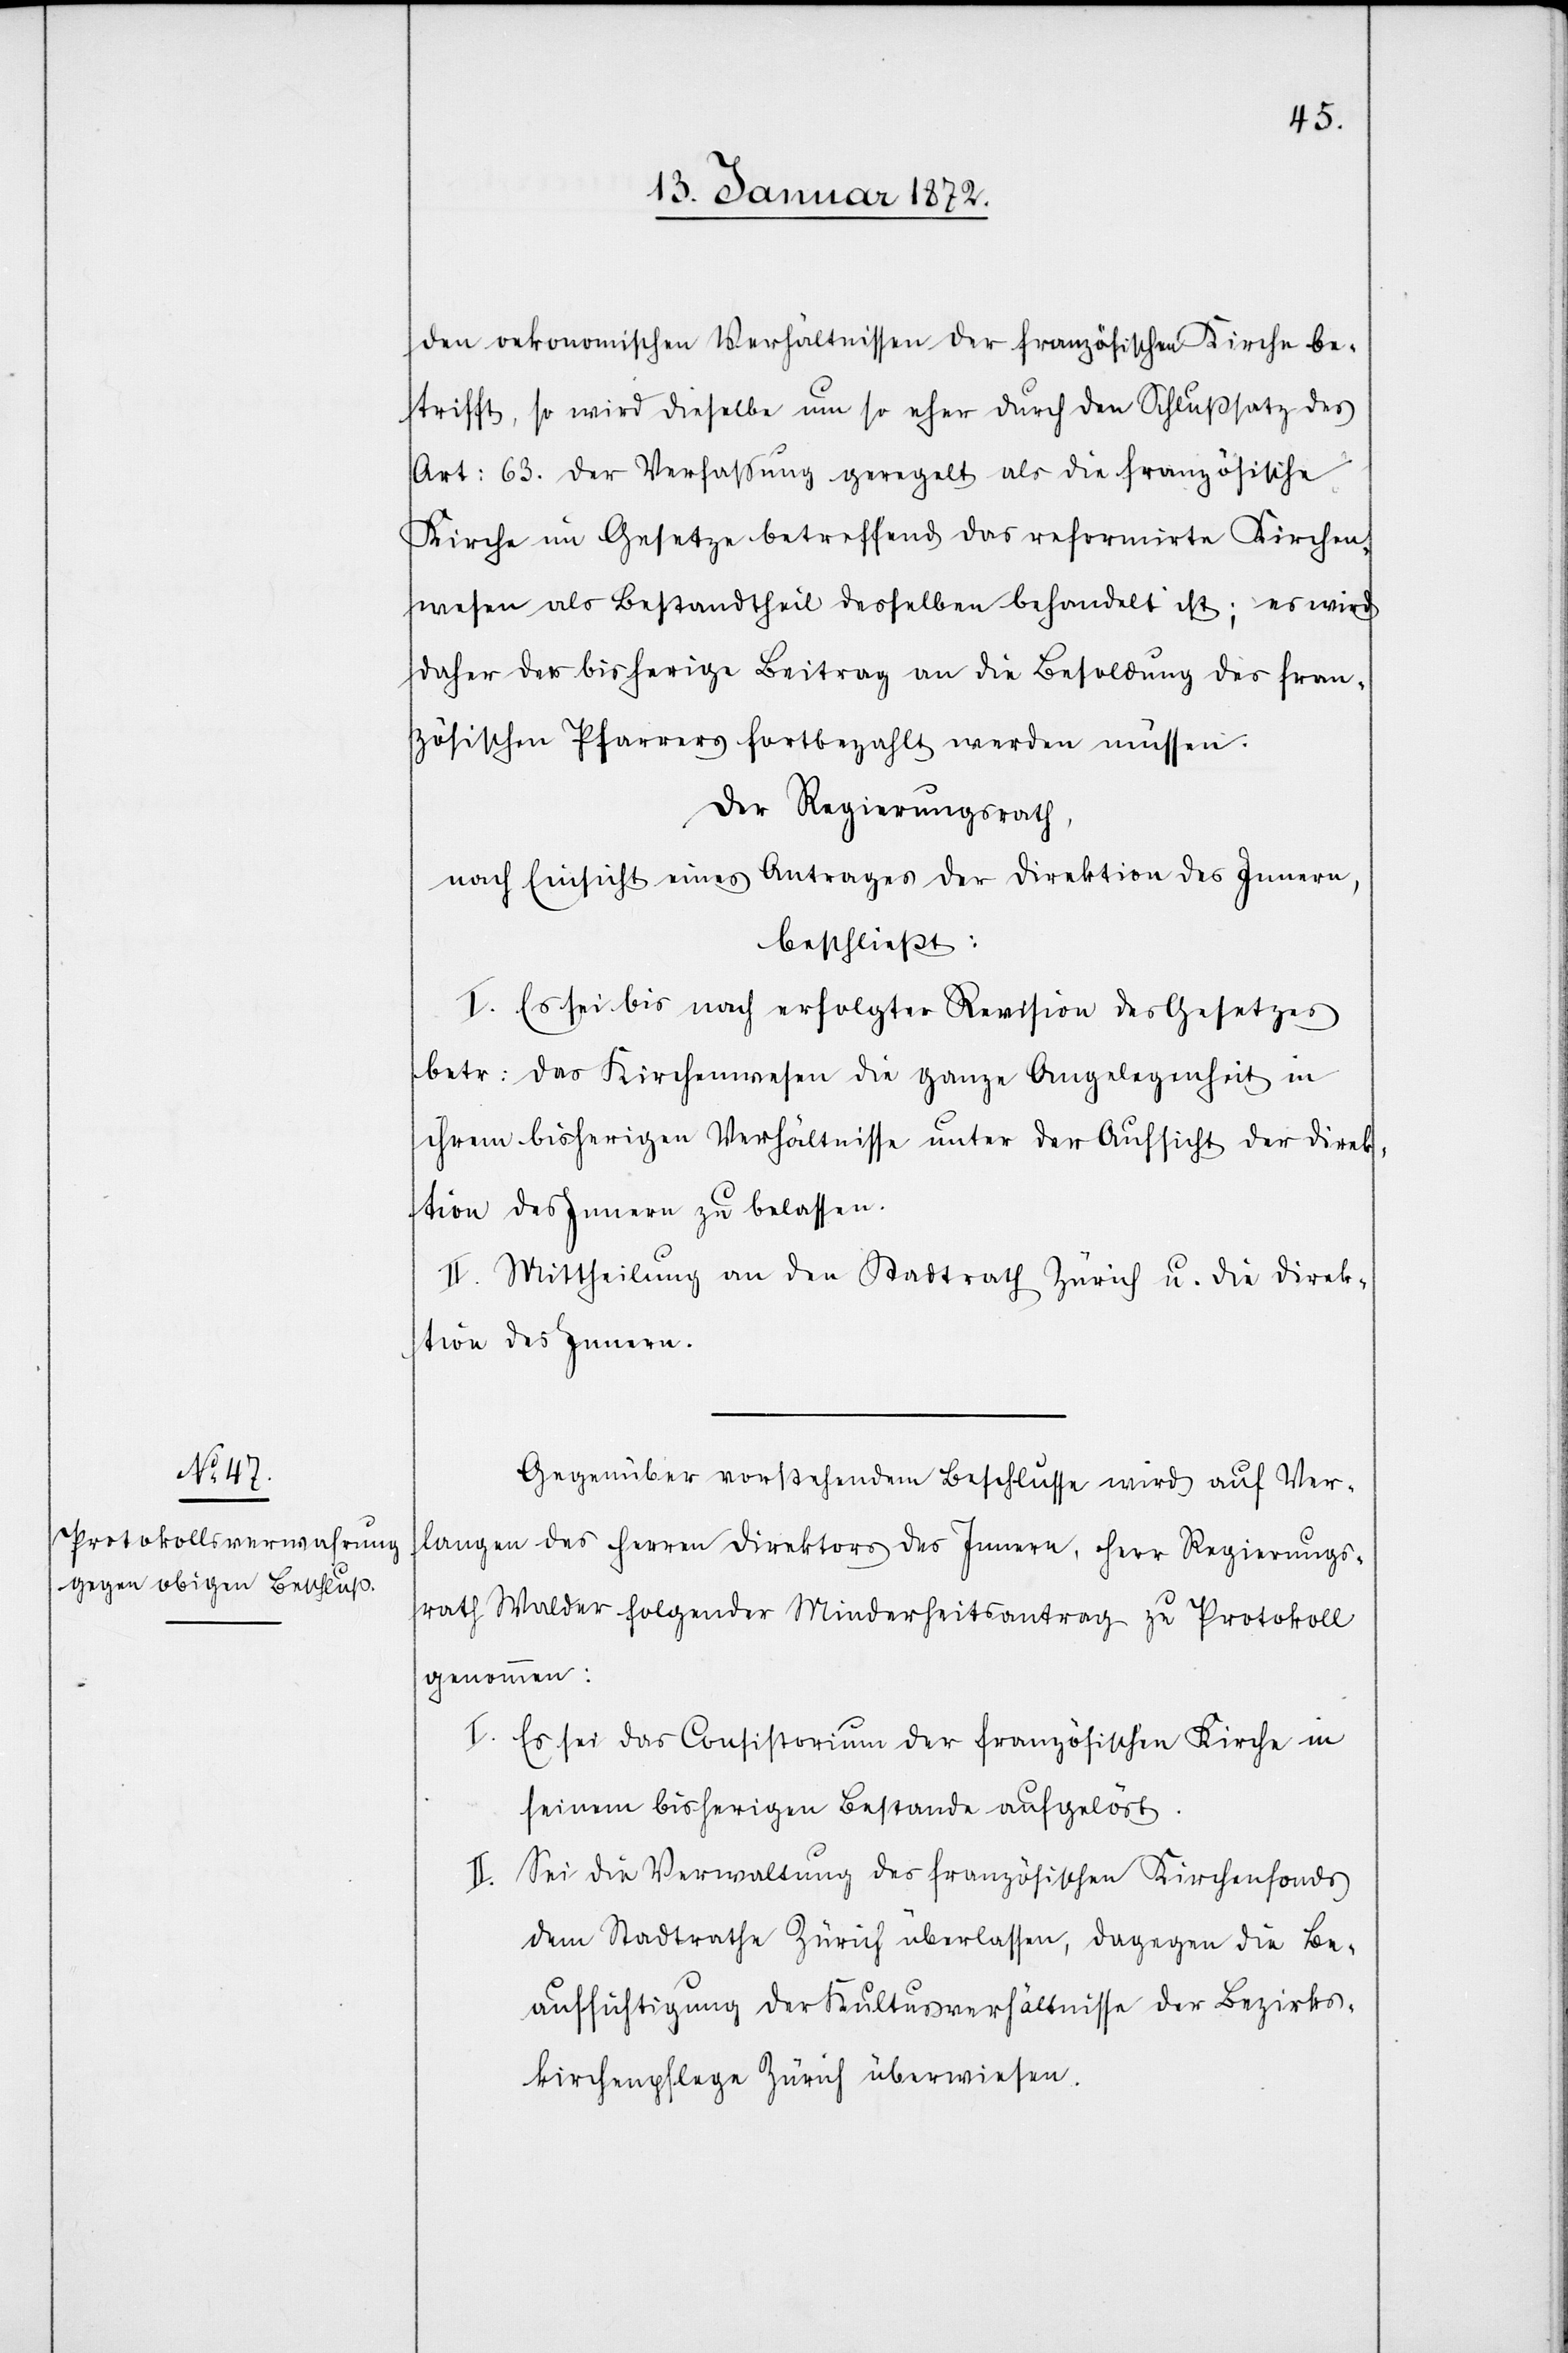
den oekonomischen Verhältnissen der französischen Kirche be¬
trifft, so wird dieselbe um so eher durch den Schlußsatz des
Art: 63. der Verfassung geregelt als die französische
Kirche im Gesetze betreffend das reformirte Kirchen¬
wesen als Bestandtheil desselben behandelt ist; es wird
daher der bisherige Beitrag an die Besoldung des fran¬
zösischen Pfarrers fortbezahlt werden müssen.
Der Regierungsrath,
nach Einsicht eines Antrages der Direktion des Innern,
beschließt:
I. Es sei bis nach erfolgter Revision des Gesetzes
betr: das Kirchenwesen die ganze Angelegenheit in
ihrem bisherigen Verhältnisse unter der Aufsicht der Direk¬
tion des Innern zu belassen.
II. Mittheilung an den Stadtrath Zürich u. die Direk¬
tion des Innern.
Gegenüber vorstehendem Beschlusse wird auf Ver¬
langen des Herren Direktors des Innern, Herr Regierungs¬
rath Walder folgender Minderheitsantrag zu Protokoll
genommen:
I. Es sei das Consistorium der französischen Kirche in
seinem bisherigen Bestande aufgelöst.
II. Sei die Verwaltung des französischen Kirchenfonds
dem Stadtrathe Zürich überlassen, dagegen die Be¬
aufsichtigung der Kultusverhältnisse der Bezirks¬
kirchenpflege Zürich überwiesen.